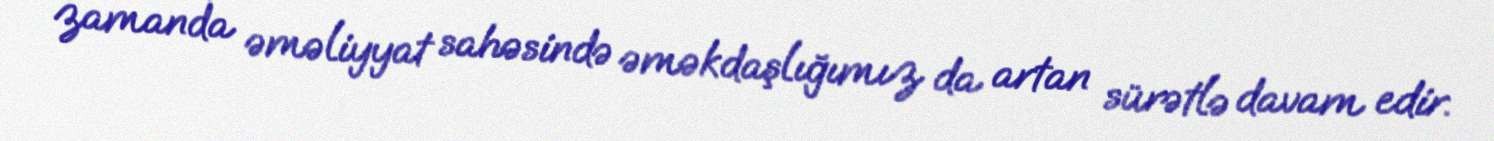
zamanda əməliyyat sahəsində əməkdaşlığımız da artan sürətlə davam edir.